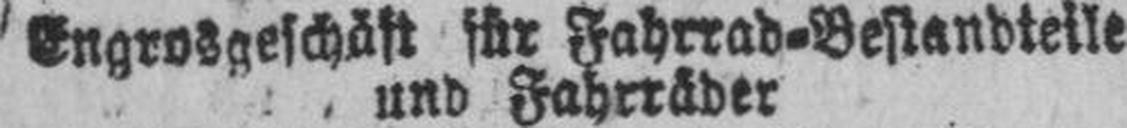
Engrosgeschäft für Fahrrad=Bestandteile